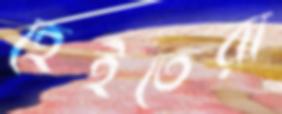
হেইতেরা